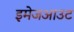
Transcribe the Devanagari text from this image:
इमेजआउट